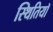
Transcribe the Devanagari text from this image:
स्थितियॉ